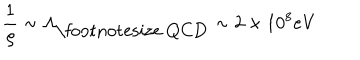
LaTeX: \frac { 1 } { \varrho } \sim \Lambda _ { \mathrm { \footnotesize ~ Q C D } } \sim 2 \times 1 0 ^ { 8 } \mathrm { e V }